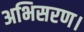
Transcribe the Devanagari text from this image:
अभिसरण।